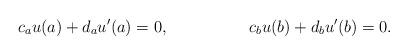
LaTeX: \begin{align*}c_a u (a) + d_a u'(a) = 0, &&c_b u (b) + d_b u'(b) = 0.\end{align*}